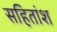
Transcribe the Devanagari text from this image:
सहितांश